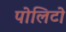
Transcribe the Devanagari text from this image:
पोलिटो